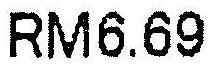
RM6.69